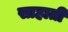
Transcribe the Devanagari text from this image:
साहाती